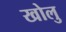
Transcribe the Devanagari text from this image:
खोलु